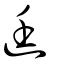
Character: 廷